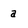
Character: a